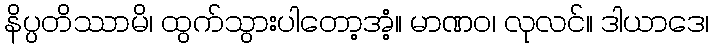
နိပ္ပတိဿာမိ၊ ထွက်သွားပါတော့အံ့။ မာဏဝ၊ လုလင်။ ဒါယာဒေ၊